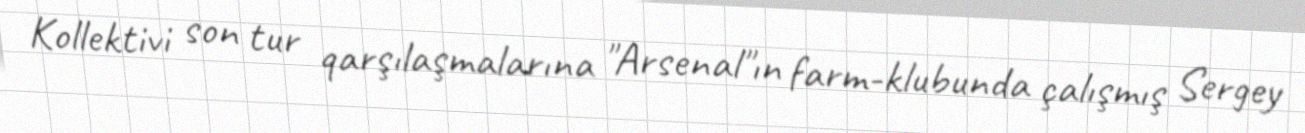
Kollektivi son tur qarşılaşmalarına "Arsenal"ın farm-klubunda çalışmış Sergey